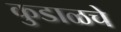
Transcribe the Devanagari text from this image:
कुडाळचे